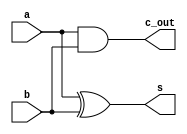
`timescale 1ns / 1ps
//////////////////////////////////////////////////////////////////////////////////
// Company: 
// Engineer: 
// 
// Design Name: 
// Module Name: HA
// Project Name: 
// Target Devices: 
// Tool Versions: 
// Description: 
// 
// Dependencies: 
// 
// Revision:
// Revision 0.01 - File Created
// Additional Comments:
// 
//////////////////////////////////////////////////////////////////////////////////


module HA(a, b, s, c_out);
 input a, b;
 output s, c_out;
 
 assign s = a ^ b;
 assign c_out = a & b;
endmodule